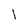
Character: l